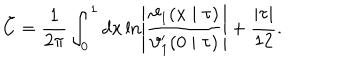
\tilde { C } = \frac { 1 } { 2 \pi } \int _ { 0 } ^ { 1 } d x \ln \left| \frac { \vartheta _ { 1 } ( x \mid \tau ) } { \vartheta _ { 1 } ^ { \prime } ( 0 \mid \tau ) } \right| + \frac { | \tau | } { 1 2 } .